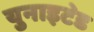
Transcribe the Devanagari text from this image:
युनाइट॓ड